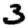
Digit: 3